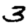
Digit: 3